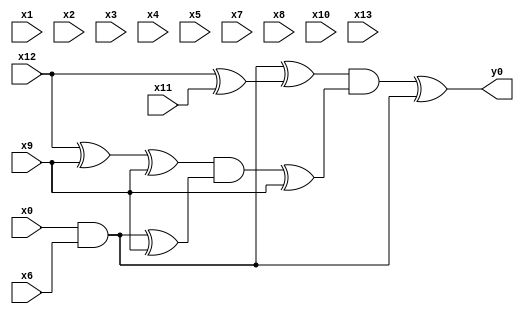
module top( x0 , x1 , x2 , x3 , x4 , x5 , x6 , x7 , x8 , x9 , x10 , x11 , x12 , x13 , y0 );
  input x0 , x1 , x2 , x3 , x4 , x5 , x6 , x7 , x8 , x9 , x10 , x11 , x12 , x13 ;
  output y0 ;
  wire n15 , n16 , n17 , n18 , n19 , n20 , n21 , n22 , n23 , n24 ;
  assign n16 = x0 & x6 ;
  assign n15 = x12 ^ x11 ;
  assign n17 = n16 ^ n15 ;
  assign n18 = x12 ^ x9 ;
  assign n19 = n18 ^ x9 ;
  assign n20 = n16 ^ x9 ;
  assign n21 = n19 & n20 ;
  assign n22 = n21 ^ x9 ;
  assign n23 = n17 & n22 ;
  assign n24 = n23 ^ n16 ;
  assign y0 = n24 ;
endmodule